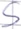
Text: S